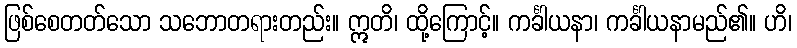
ဖြစ်စေတတ်သော သဘောတရားတည်း။ ဣတိ၊ ထို့ကြောင့်။ ကင်္ခါယနာ၊ ကင်္ခါယနာမည်၏။ ဟိ၊